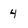
Character: 4